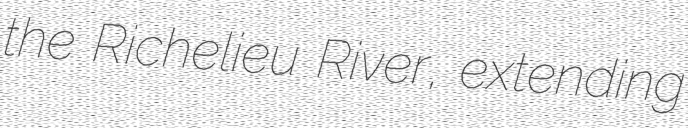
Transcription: the Richelieu River, extending